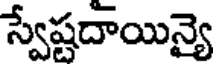
స్వేష్టదాయిన్యై